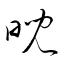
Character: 睨